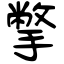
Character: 撆